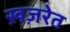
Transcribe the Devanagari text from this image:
ख़ज़रेत